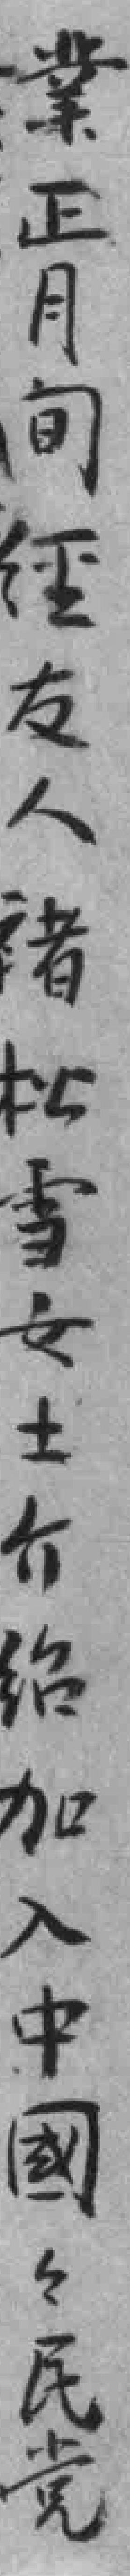
業正月间𦀇友人褚松雪女士介绍加入中國國民党